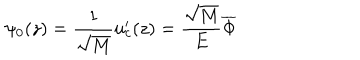
\psi _ { 0 } ( z ) = \frac 1 { \sqrt { M } } u _ { c } ^ { \prime } ( z ) = \frac { \sqrt { M } } E \overline { { { \Phi } } }